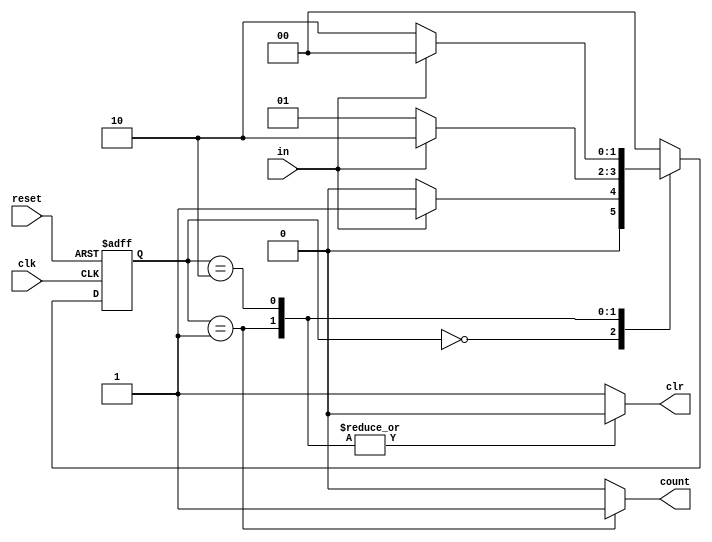
module control(clk,reset,clr,count,in);
// ,.
input clk,in,reset;
output clr,count;
localparam s0           = 0          ;  //RESET
localparam s1           = 1           ; //TIMING
localparam s2           = 2          ; //STOP
reg[1:0] pre_state ,nex_state ; 
reg count,clr;     //clear, always reg,  alwayswire.

//,D  
always@(posedge clk or posedge reset)
	begin
		if (reset==1'b1) pre_state<=s0;
		else pre_state<=nex_state;
	end
//    ,

always@(*)    //always,
	begin
		nex_state<=2'bxx;
		count= 0;
		case (pre_state)
			s0:begin clr=1; count = 0;  
					if(in==1'b1) begin  nex_state<=s1; end
					else nex_state<=s0;   
				end
			s1:begin clr=0; count = 1;
					if(in==1'b1)  begin  nex_state<=s2; end
					else  begin nex_state<=s1;  end
				end	
			s2:begin clr=0; count = 0; 
					if(in==1'b1) begin  nex_state<=s0;   end
					else nex_state<=s2 ;	
				end
			default:begin nex_state<=s0;clr =1;count =0;end
		endcase
end

endmodule